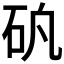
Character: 𥐲